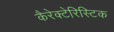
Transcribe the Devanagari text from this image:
कैरेक्टेरिस्टिक